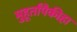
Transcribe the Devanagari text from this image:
मुहूर्तांपैकीहा